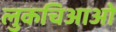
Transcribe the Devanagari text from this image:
लुकचिआओ